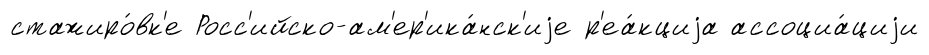
стажиро́вк'е Росс'ийско-ам'ер'ика́нск'иjе р'еа́кциjа ассоциа́циjи